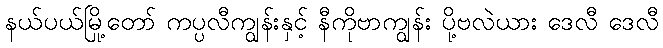
နယ်ပယ်မြို့တော် ကပ္ပလီကျွန်းနှင့် နီကိုဗာကျွန်း ပို့ဗလဲယား ဒေလီ ဒေလီ